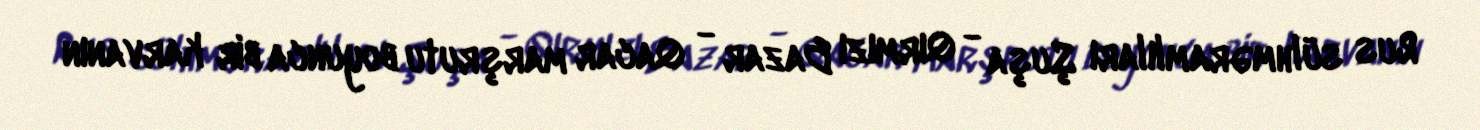
Rus sülhməramlıları Şuşa - Qırmızı Bazar - Qacar marşrutu boyunca bir karvanın